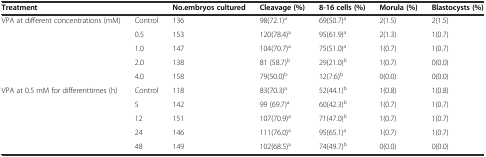
| Treatment |  | No.embryos cultured | Cleavage (%) | 8-16 cells (%) | Morula (%) | Blastocysts (%) |
 | --- | --- | --- | --- | --- | --- | --- |
 | <ROWSPAN=5> VPA at different concentrations (mM) | Control | 136 | 98(72.1)a | 69(50.7)a | 2(1.5) | 2(1.5) |
 | 0.5 | 153 | 120(78.4)a | 95(61.9)a | 2(1.3) | 1(0.7) |
 | 1.0 | 147 | 104(70.7)a | 75(51.0)a | 1(0.7) | 1(0.7) |
 | 2.0 | 138 | 81 (58.7)b | 29(21.0)b | 1(0.7) | 0(0.0) |
 | 4.0 | 158 | 79(50.0)b | 12(7.6)b | 0(0.0) | 0(0.0) |
 | <ROWSPAN=4> VPA at 0.5 mM for differenttimes (h) | Control | 118 | 83(70.3)a | 52(44.1)b | 1(0.8) | 1(0.8) |
 | 5 | 142 | 99 (69.7)a | 60(42.3)b | 1(0.7) | 1(0.7) |
 | 12 | 151 | 107(70.9)a | 71(47.0)b | 1(0.7) | 1(0.7) |
 | 24 | 146 | 111(76.0)a | 95(65.1)a | 1(0.7) | 1(0.7) |
 |  | 48 | 149 | 102(68.5)a | 74(49.7)b | 0(0.0) | 0(0.0) |